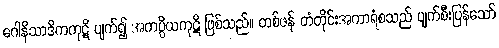
ဂေါနိသာဒိကကုဋိ ပျက်၍ အကပ္ပိယကုဋိ ဖြစ်သည်။ တစ်ဖန် တံတိုင်းအကာရံစသည် ပျက်စီးပြန်သော်